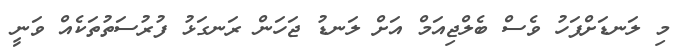
މި ލަނޑަށްފަހު ވެސް ބެލްޖިއަމް އަށް ލަނޑު ޖަހަން ރަނގަޅު ފުރުސަތުތަކެއް ވަނީ